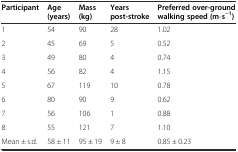
<table><thead><tr><td><b>Participant</b></td><td><b>Age (years)</b></td><td><b>Mass (kg)</b></td><td><b>Years post-stroke</b></td><td><b>Preferred over-ground walking speed (m⋅s<sup>−1</sup>)</b></td></tr></thead><tbody><tr><td>1</td><td>54</td><td>90</td><td>28</td><td>1.02</td></tr><tr><td>2</td><td>45</td><td>69</td><td>5</td><td>0.52</td></tr><tr><td>3</td><td>49</td><td>80</td><td>4</td><td>0.74</td></tr><tr><td>4</td><td>56</td><td>82</td><td>4</td><td>1.15</td></tr><tr><td>5</td><td>67</td><td>119</td><td>10</td><td>0.78</td></tr><tr><td>6</td><td>80</td><td>90</td><td>9</td><td>0.62</td></tr><tr><td>7</td><td>56</td><td>106</td><td>1</td><td>0.88</td></tr><tr><td>8</td><td>55</td><td>121</td><td>7</td><td>1.10</td></tr><tr><td>Mean ± s.d.</td><td>58 ± 11</td><td>95 ± 19</td><td>9 ± 8</td><td>0.85 ± 0.23</td></tr></tbody></table>